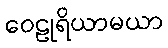
ဝေဠုရိယာမယာ